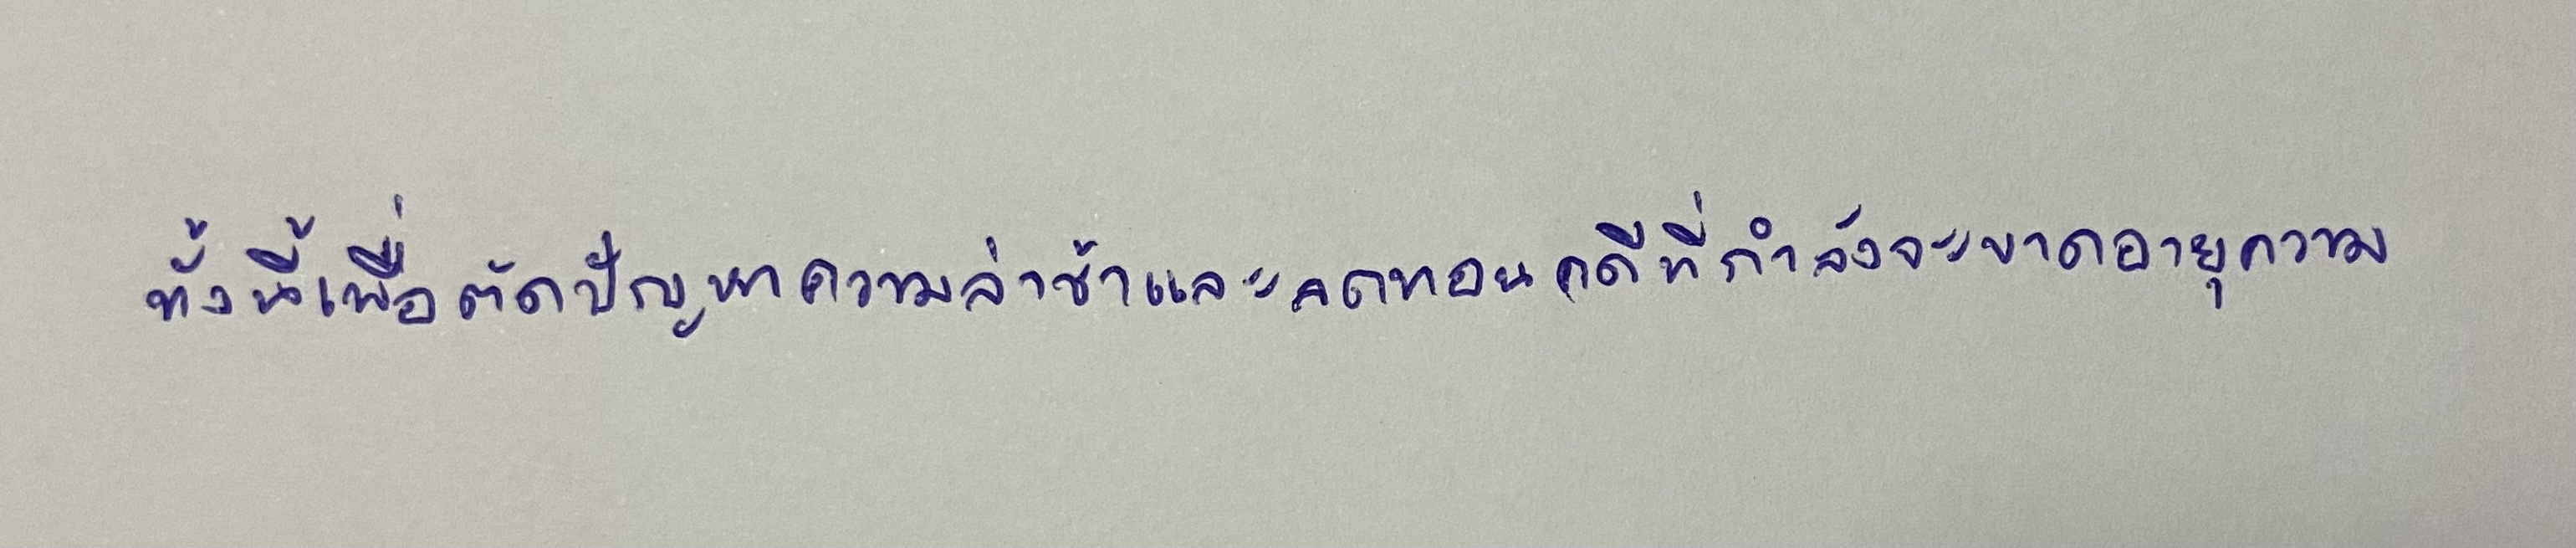
ทั้งนี้เพื่อตัดปัญหาความล่าช้าและลดทอนคดีที่กำลังจะขาดอายุความ